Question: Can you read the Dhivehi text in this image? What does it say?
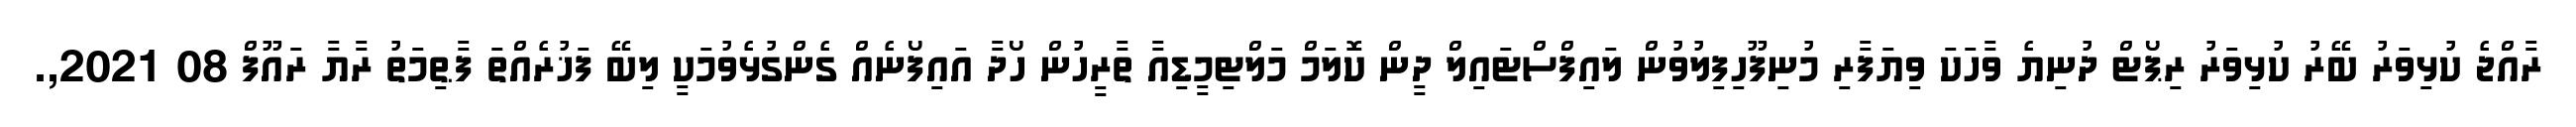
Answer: ރާއްޖެ ކުޅިވަރު ބޭރު ކުޅިވަރު ރިޕޯޓް ދުނިޔެ ވާހަކަ ވިޔަފާރި މުނިފޫހިފިލުވުން ލައިފްސްޓައިލް ދީން ކޮލަމް މަލްޓިމީޑިއާ ތާރީހުން ހޯދާ އައިފޯނެއް ގެންގުޅެވުމަކީ ލިބޭ ފަޚުރެއްތަ ފާޠިމަތު ރާޔާ ރައޫފް 08 2021,.